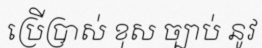
ប្រើប្រាស់ ខុស ច្បាប់ នូវ